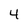
Character: 4